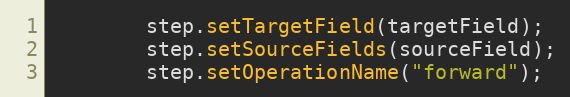
Language: Java
        step.setTargetField(targetField);
        step.setSourceFields(sourceField);
        step.setOperationName("forward");